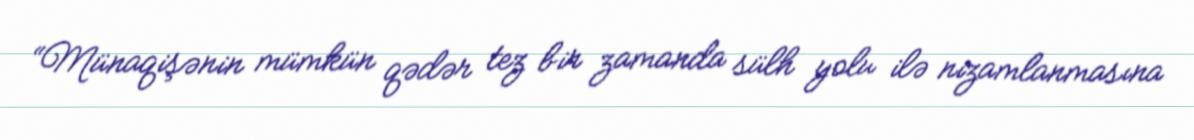
“Münaqişənin mümkün qədər tez bir zamanda sülh yolu ilə nizamlanmasına